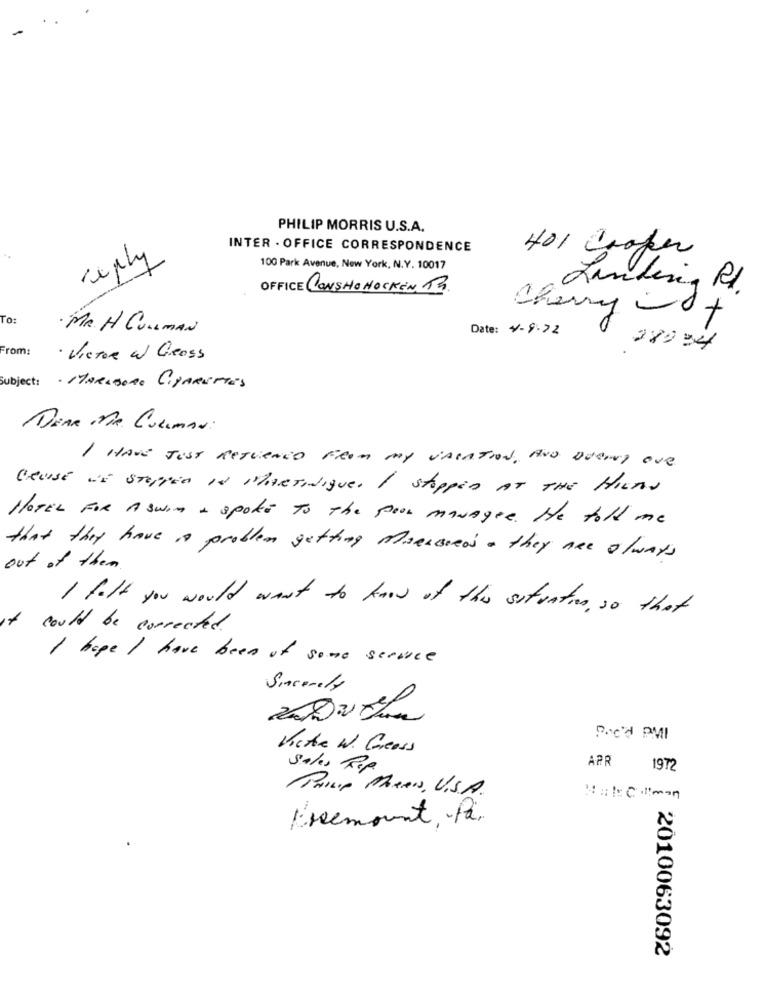
PHILIP MORRIS U.S.A.
INTER - OFFICE CORRESPONDENCE
401 Cooper
reply
100 Park Avenue, New York, N.Y. 10017
OFFICE CONSHOHOCKEN, PR.
To:
· MR. H CULLMAN
Date: 4-9.72
Cherry t
From:
28934
· Victor W Geoss
Subject: · MARLBORO CIGARETTES
DEAR MR. ColiMAN:
I HAVE JUST RETURNED FROM My VALATION, AND DUEHY ONE
CRUISE de Stopped IN NARtatiques I stopped AT THE HILLS
HOTEL FOR A Swim & spoke To The poor managee. He told me
that they have is problem getting Maeusseos - they are always
out of them.
I felt you would want to know of this sutuAtion , so that
could be corrected.
I hope I have been of some service
Sincerely
POCH PMI
Korte W. Greass
Sales Rep
APR
1972
PHILIP MARAN, U.S.A.
Malcolman
Premount, På.
2010063092